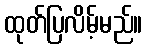
ထုတ်ပြလိမ့်မည်။